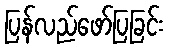
ပြန်လည်ဖော်ပြခြင်း